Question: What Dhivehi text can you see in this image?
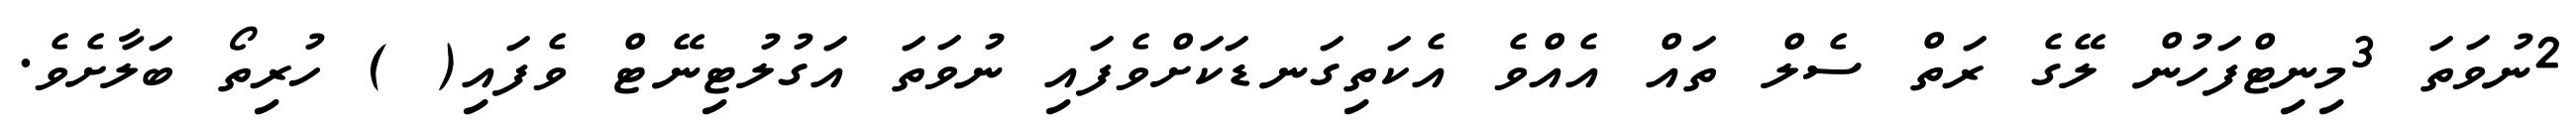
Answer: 2ނުވަތަ 3މިނިޓްފަހުން ލޭގެ ރަތް ސެލް ތައް އެއްވެ އެކަތިގަނޑަކަށްވެފައި ނުވަތަ އަގުލުޓިނޭޓް ވެފައި( ) ހުރިތޯ ބަލާށެވެ.